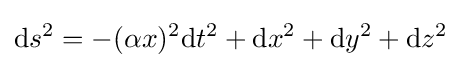
\mathrm {d} s^{2}=-(\alpha x)^{2}\mathrm {d} t^{2}+\mathrm {d} x^{2}+\mathrm {d} y^{2}+\mathrm {d} z^{2}